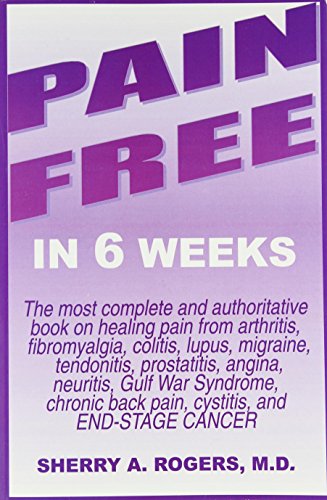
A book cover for Pain Free in 6 Weeks; Sherry A. Rogers; Health, Fitness & Dieting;